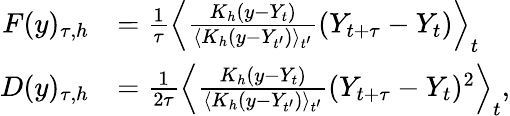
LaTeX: \begin{array}{rl}{F(y)_{\tau,h}}&{=\frac{1}{\tau}\left\langle\frac{K_{h}(y-Y_{t})}{\langle K_{h}(y-Y_{t^{\prime}})\rangle_{t^{\prime}}}(Y_{t+\tau}-Y_{t})\right\rangle_{t}}\\ {D(y)_{\tau,h}}&{=\frac{1}{2\tau}\left\langle\frac{K_{h}(y-Y_{t})}{\langle K_{h}(y-Y_{t^{\prime}})\rangle_{t^{\prime}}}(Y_{t+\tau}-Y_{t})^{2}\right\rangle_{t},}\end{array}